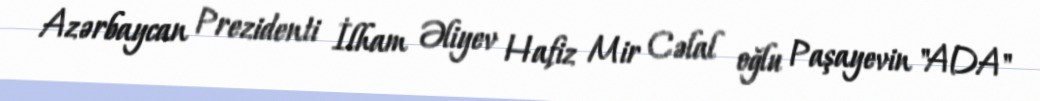
Azərbaycan Prezidenti İlham Əliyev Hafiz Mir Cəlal oğlu Paşayevin "ADA"